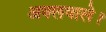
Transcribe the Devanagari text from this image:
अक्लवाले।